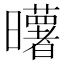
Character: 𰖼